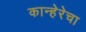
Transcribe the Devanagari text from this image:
कान्हेरेचा